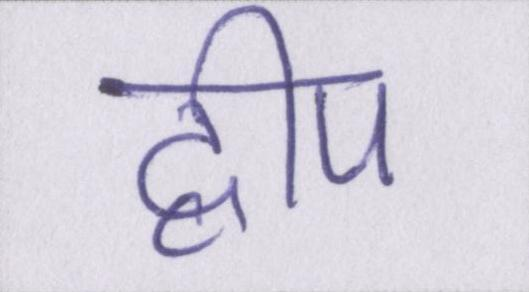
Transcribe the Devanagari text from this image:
द्वीप